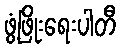
ဖွံ့ဖြိုးရေးပါတီ